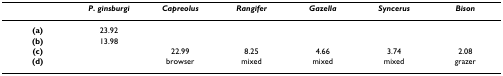
<table><thead><tr><td></td><td><b><i>P. ginsburgi</i></b></td><td><b><i>Capreolus</i></b></td><td><b><i>Rangifer</i></b></td><td><b><i>Gazella</i></b></td><td><b><i>Syncerus</i></b></td><td><b><i>Bison</i></b></td></tr></thead><tbody><tr><td><b>(a)</b></td><td>23.92</td><td></td><td></td><td></td><td></td><td></td></tr><tr><td><b>(b)</b></td><td>13.98</td><td></td><td></td><td></td><td></td><td></td></tr><tr><td><b>(c)</b></td><td></td><td>22.99</td><td>8.25</td><td>4.66</td><td>3.74</td><td>2.08</td></tr><tr><td><b>(d)</b></td><td></td><td>browser</td><td>mixed</td><td>mixed</td><td>mixed</td><td>grazer</td></tr></tbody></table>